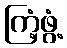
ကြံ့ဖွံ့